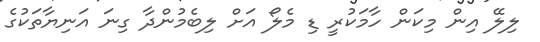
ލިލޭ އިން މިކަން ހާމަކުރީ ޑި މެލޯ އަށް ލިބެމުންދާ ގިނަ އަނިޔާތަކުގެ